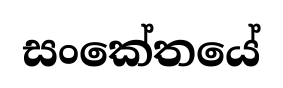
සංකේතයේ